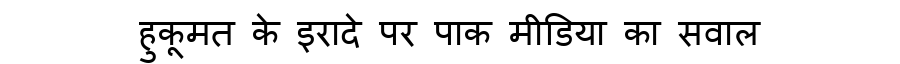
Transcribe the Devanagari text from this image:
हुकूमत के इरादे पर पाक मीडिया का सवाल